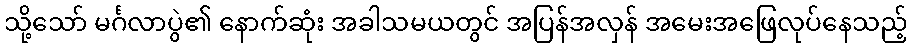
သို့သော် မင်္ဂလာပွဲ၏ နောက်ဆုံး အခါသမယတွင် အပြန်အလှန် အမေးအဖြေလုပ်နေသည့်